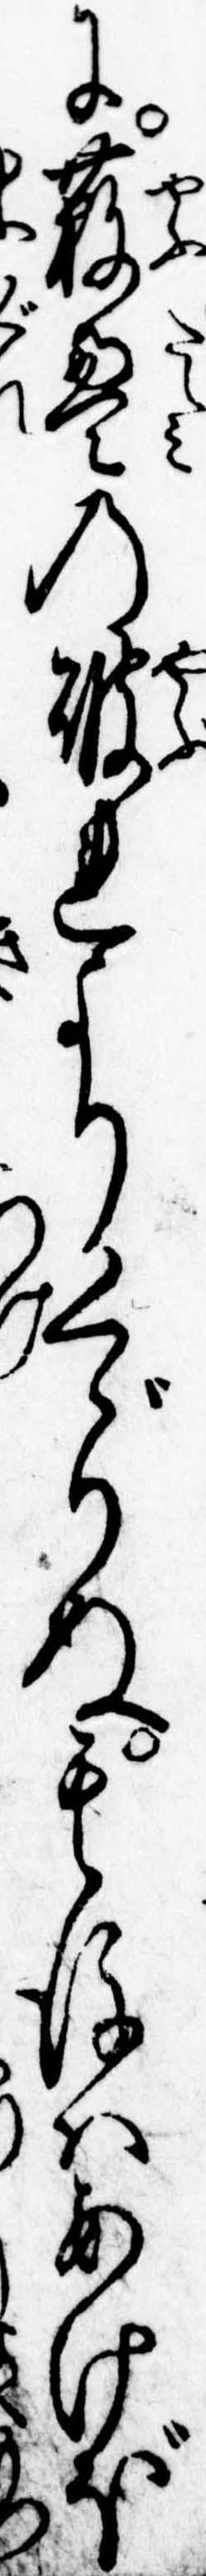
に薮畳の破れよりくゞりぬ其後はあけぼ